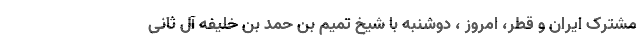
مشترک ایران و قطر، امروز ، دوشنبه با شیخ تمیم بن حمد بن خلیفه آل ثانی